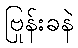
ဗြုန်းခနဲ